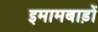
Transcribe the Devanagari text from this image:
इमामबाड़ों